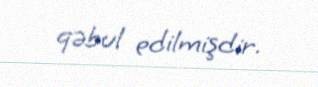
qəbul edilmişdir.